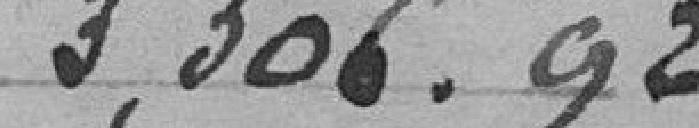
3.306,92